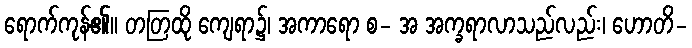
ရောက်ကုန်၏။ တတြထို ကျေရာ၌၊ အကာရော စ- အ အက္ခရာလာသည်လည်း၊ ဟောတိ-